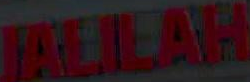
JALLAH